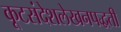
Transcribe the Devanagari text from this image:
कूटसंदेशलेखनपद्धती